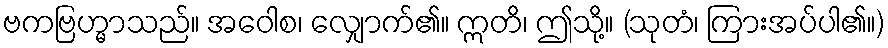
ဗကဗြဟ္မာသည်။ အဝေါစ၊ လျှောက်၏။ ဣတိ၊ ဤသို့။ (သုတံ၊ ကြားအပ်ပါ၏။)